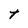
Character: t